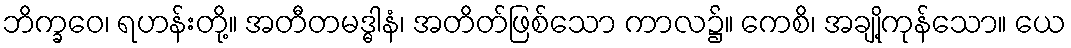
ဘိက္ခဝေ၊ ရဟန်းတို့။ အတီတမဒ္ဓါနံ၊ အတိတ်ဖြစ်သော ကာလ၌။ ကေစိ၊ အချို့ကုန်သော။ ယေ